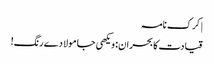
| کرک نامہ
قیادت کا بحران: ویکھی جا مولا دے رنگ!